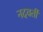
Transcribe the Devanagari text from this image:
नदवर्ती